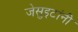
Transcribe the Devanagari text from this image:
जेसुइटांनी